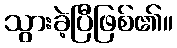
သွားခဲ့ပြီဖြစ်၏။